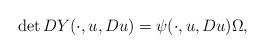
LaTeX: \begin{align*} \det DY(\cdot,u,Du) = \psi(\cdot,u,Du) \Omega,\end{align*}